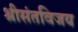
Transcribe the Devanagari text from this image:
श्रीसंतविजय